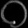
Digit: ၀